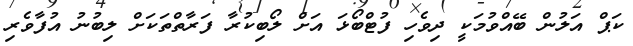
ކަޕް އަލުން ބޭއްވުމަކީ ދިވެހި ފުޓްބޯޅަ އަށް ލޯބިކުރާ ފަރާތްތަކަށް ލިބުނު އުފާވެރި